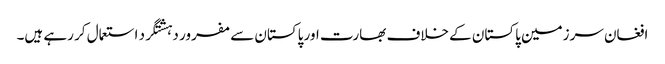
افغان سرزمین پاکستان کے خلاف بھارت اور پاکستان سے مفرور دہشتگرد استعمال کر رہے ہیں۔